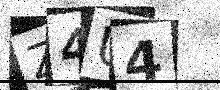
Text: Z4U4